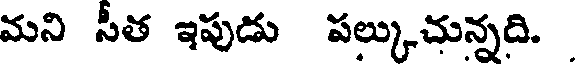
మని సీత ఇపుడు పల్కుచున్నది.